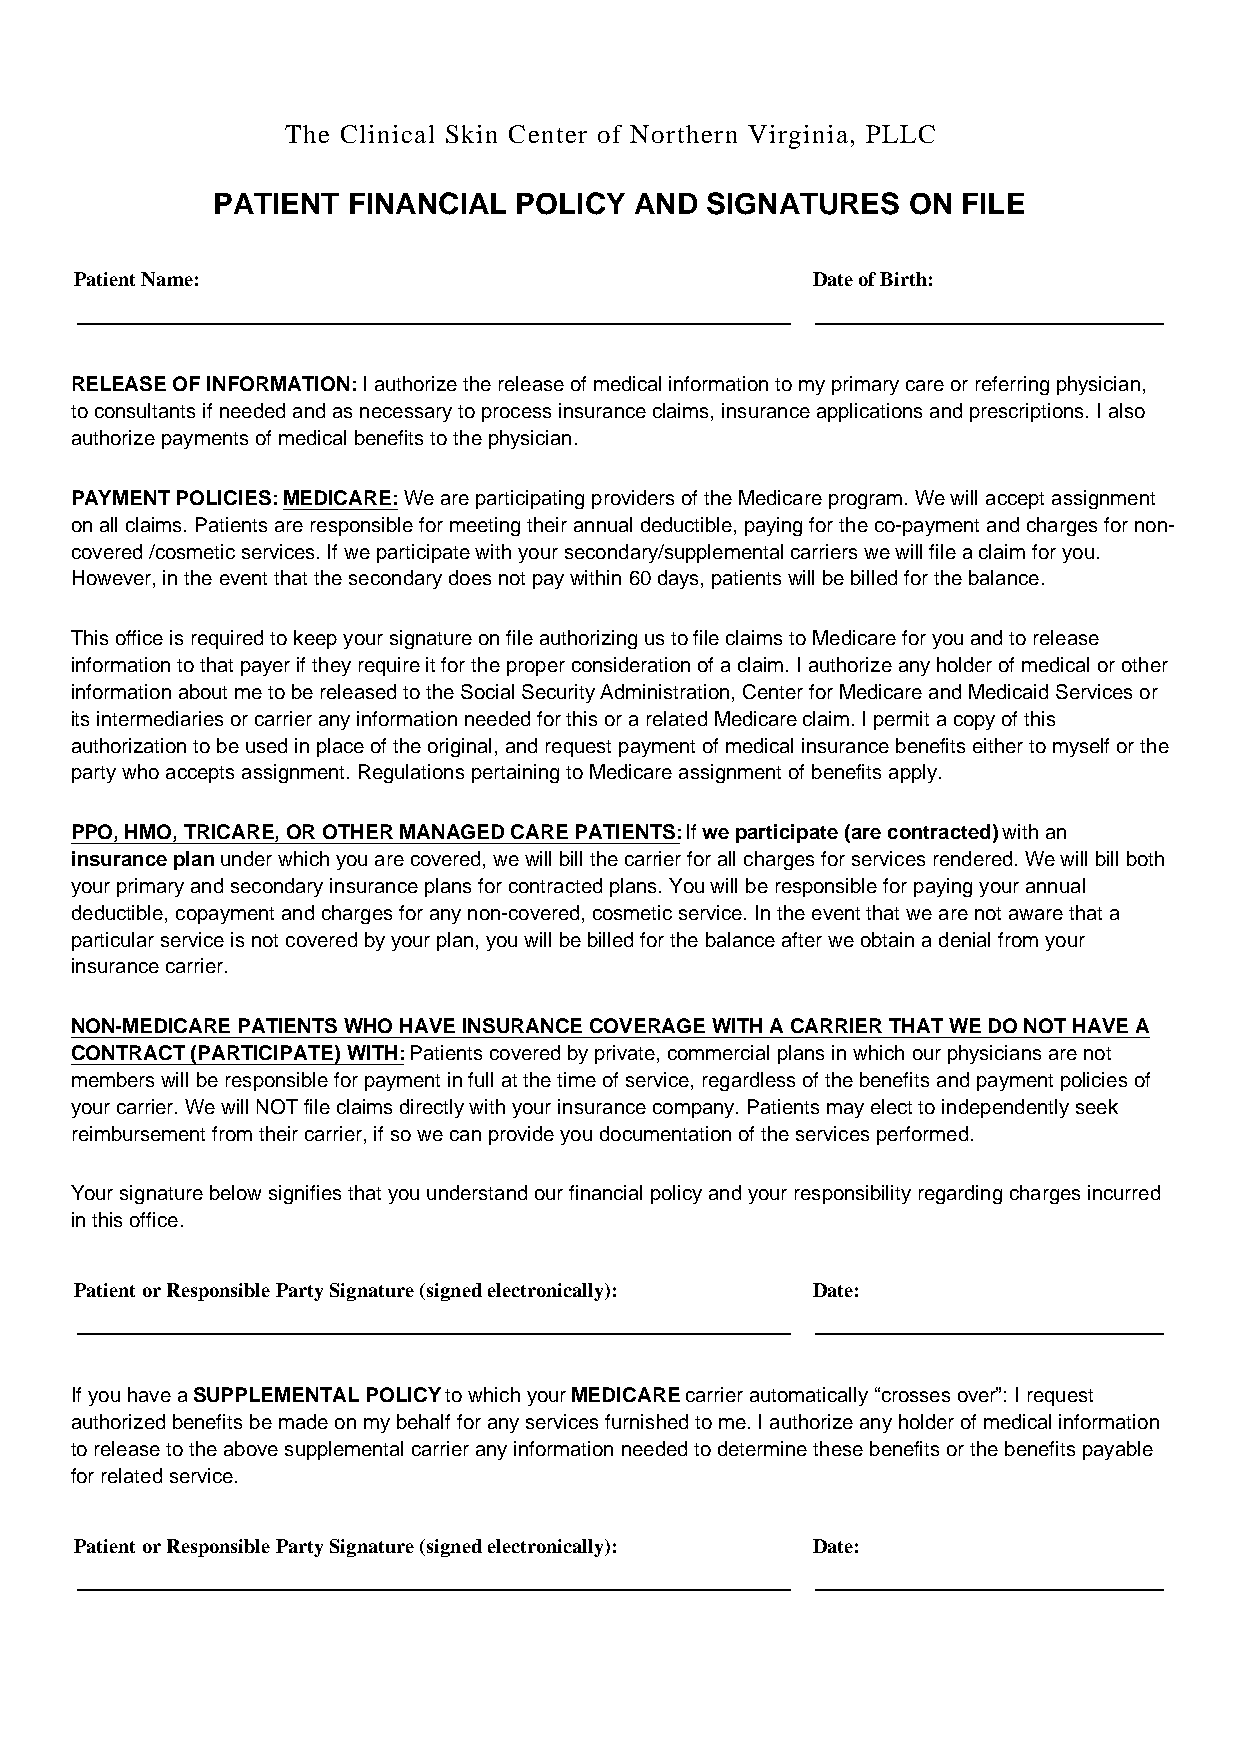
The Clinical Skin Center of Northern Virginia, PLLC
 PATIENT  FINANCIAL  POLICY  AND  SIGNATURES   ON  FILE
 Patient Name:                                    Date of Birth:
 RELEASE OF INFORMATION: I authorize the release of medical information to my primary care or referring physician,
 to consultants if needed and as necessary to process insurance claims, insurance applications and prescriptions. I also
 authorize payments of medical benefits to the physician.
 PAYMENT POLICIES:MEDICARE: We are participating providers of the Medicare program. We will accept assignment
 on all claims. Patients are responsible for meeting their annual deductible, paying for the co-payment and charges for non-
 covered /cosmetic services. If we participate with your secondary/supplemental carriers we will file a claim for you.
 However, in the event that the secondary does not pay within 60 days, patients will be billed for the balance.
 This office is required to keep your signature on file authorizing us to file claims to Medicare for you and to release
 information to that payer if they require it for the proper consideration of a claim. I authorize any holder of medical or other
 information about me to be released to the Social Security Administration, Center for Medicare and Medicaid Services or
 its intermediaries or carrier any information needed for this or a related Medicare claim. I permit a copy of this
 authorization to be used in place of the original, and request payment of medical insurance benefits either to myself or the
 party who accepts assignment. Regulations pertaining to Medicare assignment of benefits apply.
 PPO, HMO, TRICARE, OR OTHER MANAGED CARE PATIENTS: If we participate (are contracted) with an
 insurance plan under which you are covered, we will bill the carrier for all charges for services rendered. We will bill both
 your primary and secondary insurance plans for contracted plans. You will be responsible for paying your annual
 deductible, copayment and charges for any non-covered, cosmetic service. In the event that we are not aware that a
 particular service is not covered by your plan, you will be billed for the balance after we obtain a denial from your
 insurance carrier.
 NON-MEDICARE PATIENTS WHO HAVE INSURANCE COVERAGE WITH A CARRIER THAT WE DO NOT HAVE A
 CONTRACT (PARTICIPATE) WITH: Patients covered by private, commercial plans in which our physicians are not
 members will be responsible for payment in full at the time of service, regardless of the benefits and payment policies of
 your carrier. We will NOT file claims directly with your insurance company. Patients may elect to independently seek
 reimbursement from their carrier, if so we can provide you documentation of the services performed.
 Your signature below signifies that you understand our financial policy and your responsibility regarding charges incurred
 in this office.
 Patient or Responsible Party Signature (signed electronically): Date:
 If you have a SUPPLEMENTAL POLICY to which your MEDICARE carrier automatically “crosses over”: I request
 authorized benefits be made on my behalf for any services furnished to me. I authorize any holder of medical information
 to release to the above supplemental carrier any information needed to determine these benefits or the benefits payable
 for related service.
 Patient or Responsible Party Signature (signed electronically): Date: